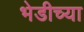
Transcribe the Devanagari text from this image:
भेडीच्या